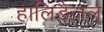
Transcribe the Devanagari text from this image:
हालिडैज़ल